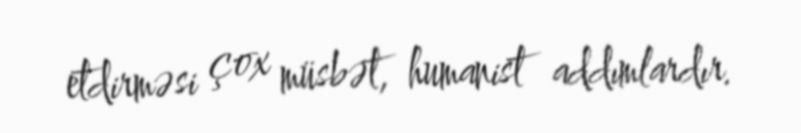
etdirməsi çox müsbət, humanist addımlardır.